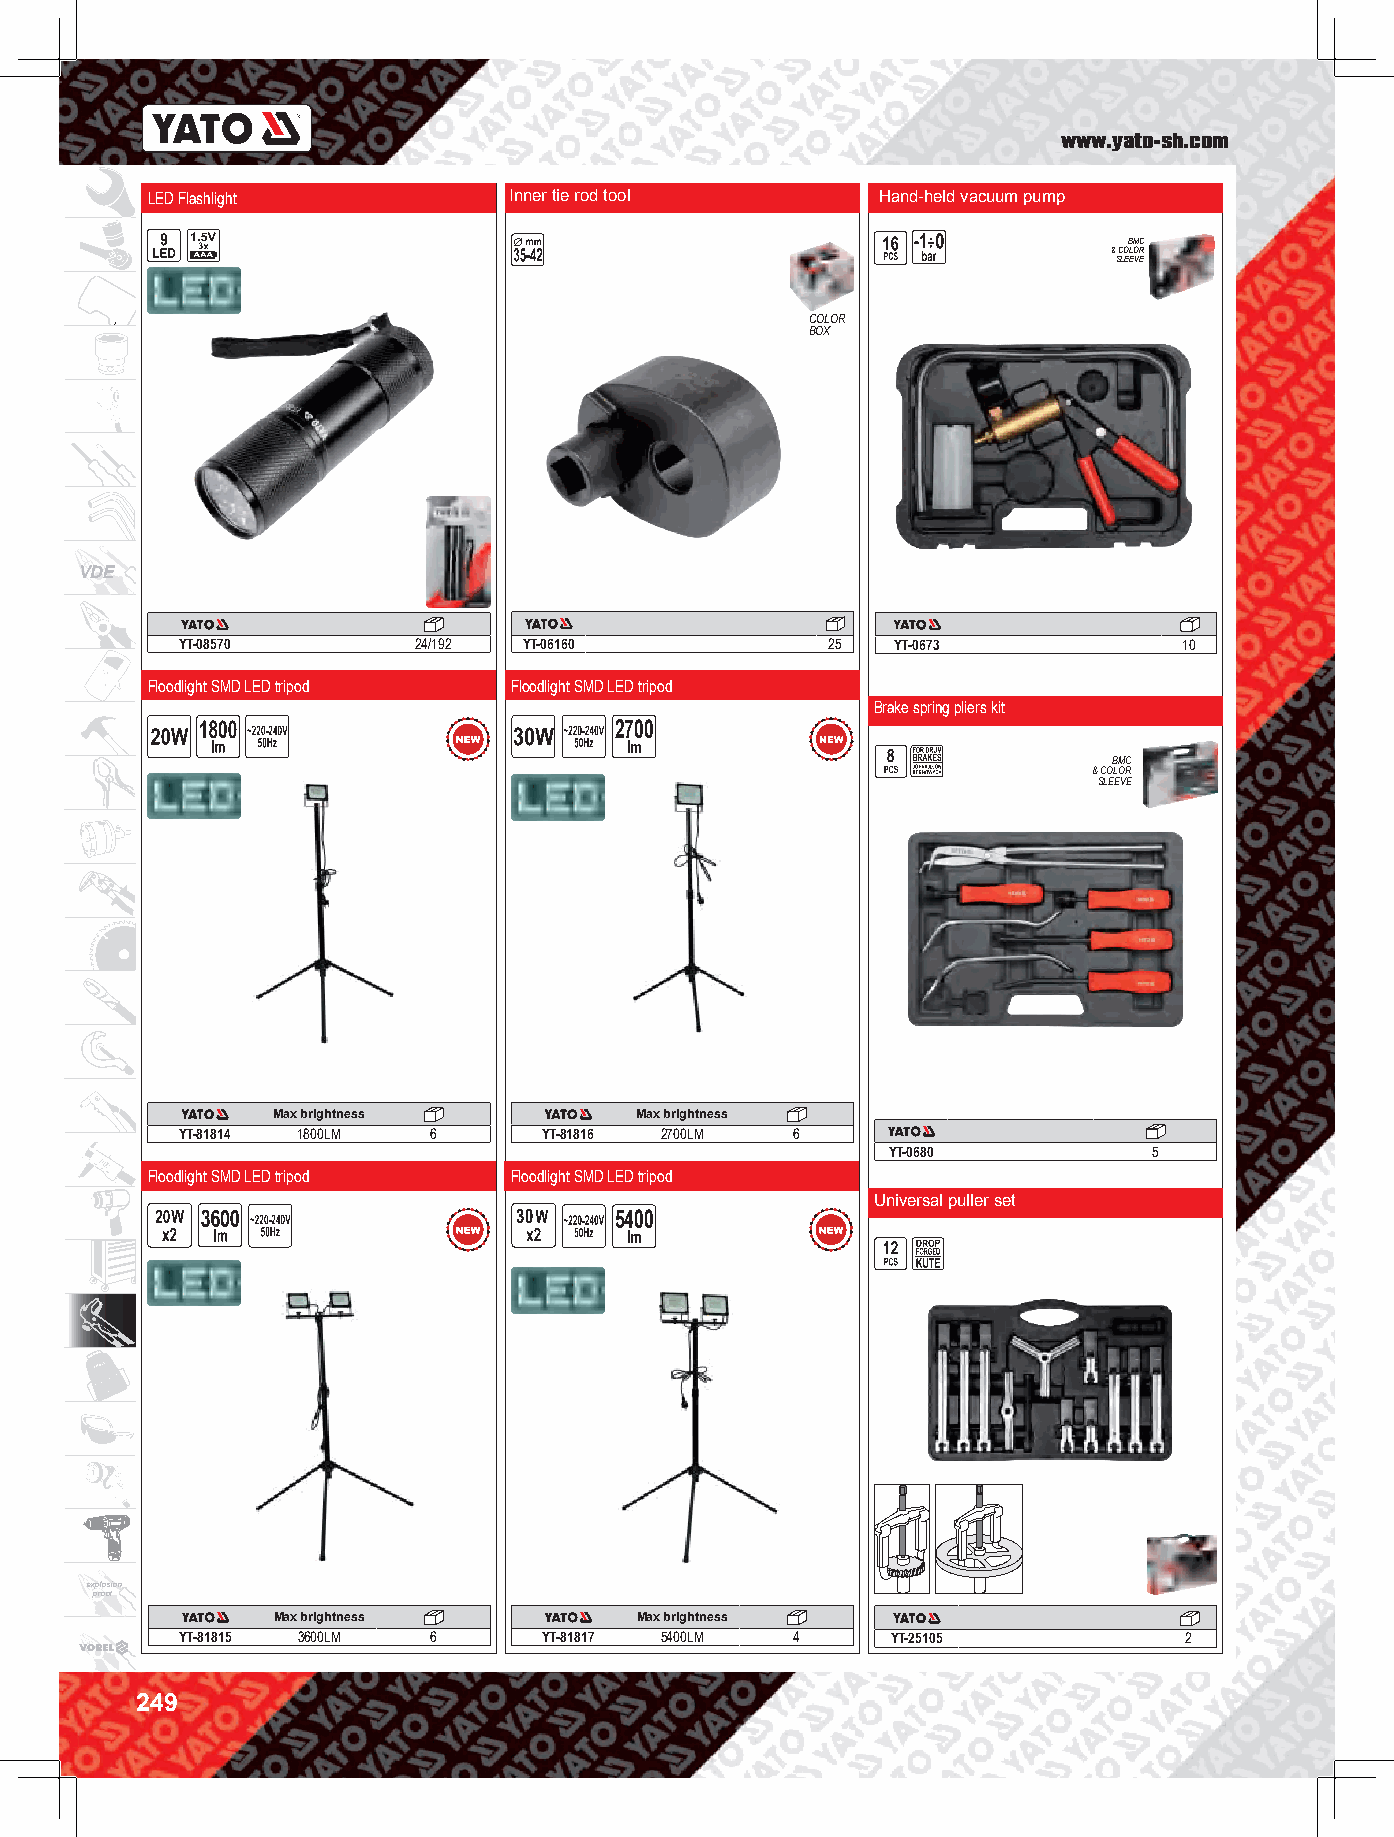
www.yato-sh.com
 LED Flashlight          Inner tie rod tool      Hand-held vacuum pump
 BMC
 & COLOR
 SLEEVE
 COLOR
 BOX
 VDE
 YT-08570       24/192  YT-06160            25  YT-0673            10
 Floodlight SMD LED tripod Floodlight SMD LED tripod
 Brake spring pliers kit
 2700
 BMC
 & COLOR
 SLEEVE
 Max brightness          Max brightness
 YT-81814 1800LM 6       YT-81816 2700LM 6
 YT-0680          5
 Floodlight SMD LED tripod Floodlight SMD LED tripod
 Universal puller set
 30     5400
 explosion
 proof
 Max brightness          Max brightness
 YT-81815 3600LM 6       YT-81817 5400LM  4     YT-25105           2
 249